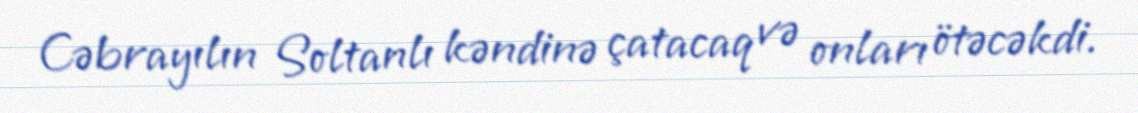
Cəbrayılın Soltanlı kəndinə çatacaq və onları ötəcəkdi.